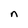
Character: n